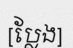
[ប្លែង]